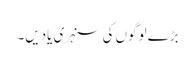
بڑے لوگوں کی سنہری یادیں۔